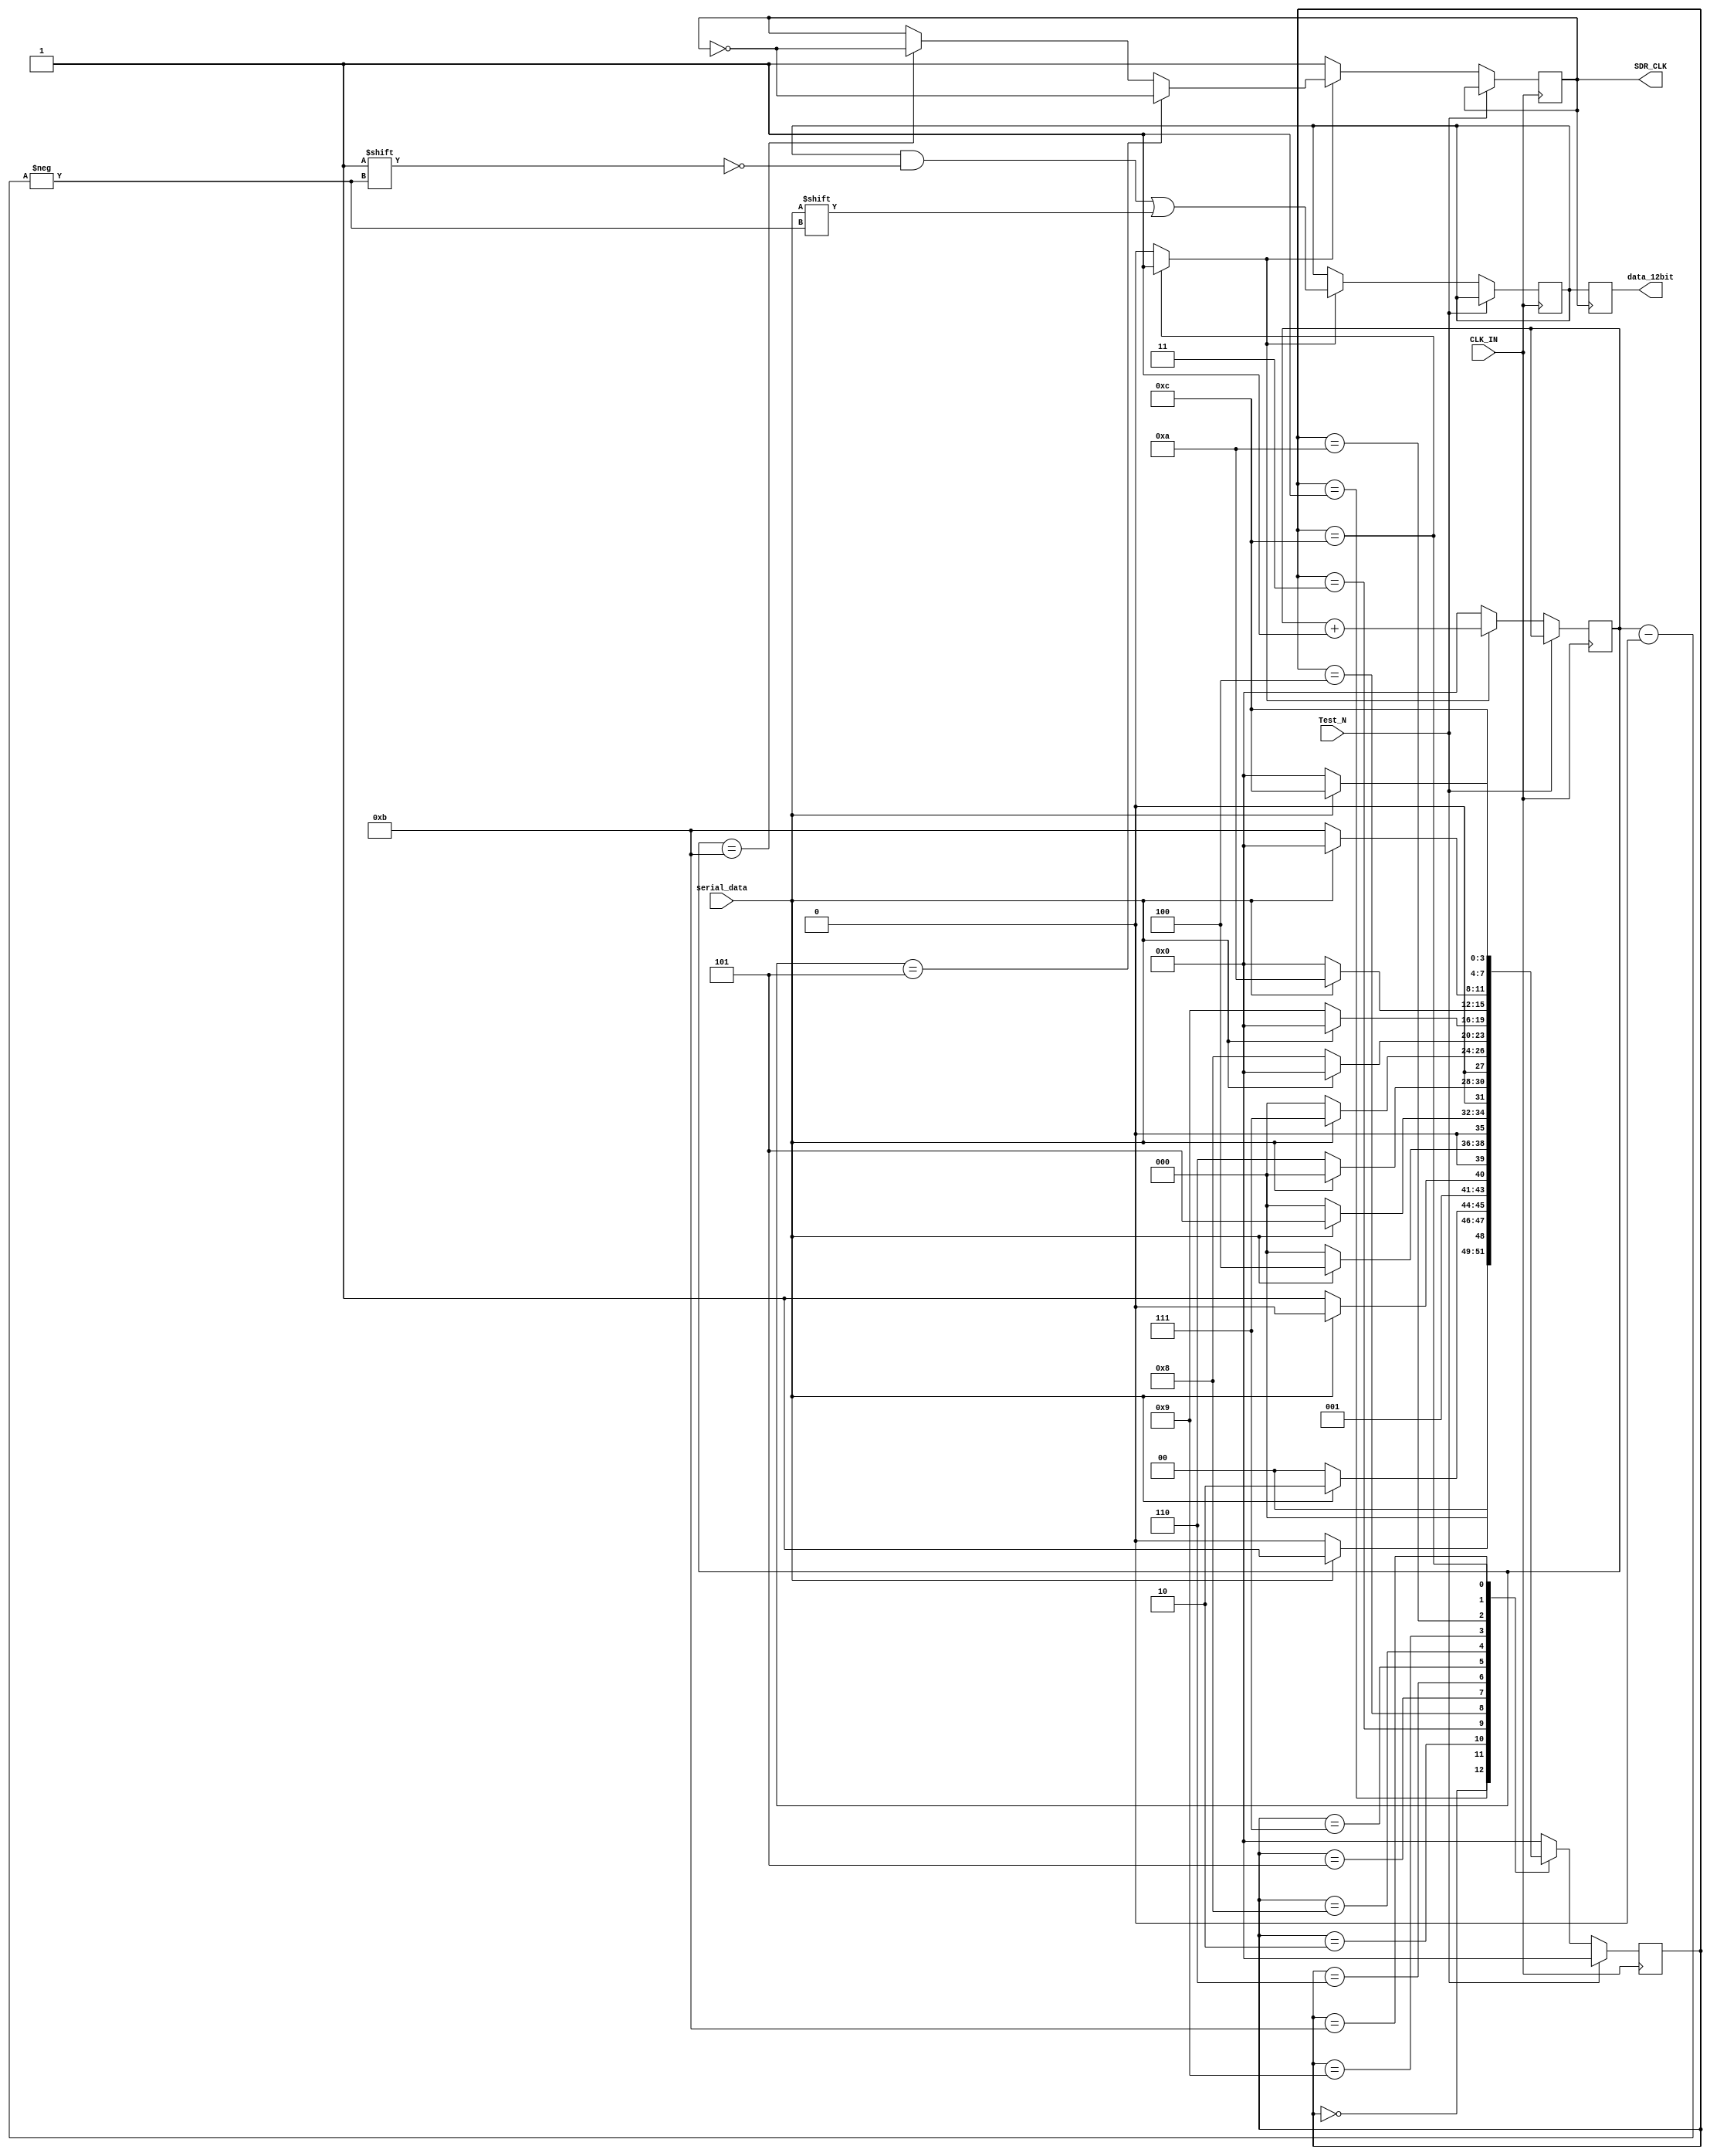
`timescale 1ns / 1ps


module Bit_allignment(data_12bit,SDR_CLK, Test_N, CLK_IN,serial_data);
input serial_data;          // STREAMED SERIAL DATA FROM DATA SERIALIZER
input CLK_IN;
input Test_N;
output [11:0] data_12bit;
output SDR_CLK;


wire bit_alligned_data;   // ALIIGNED DATA WITH THE TRAINING PATTERN AS THE P
wire allign_ack;
reg [3:0] count;
reg clk_cnt;
reg [11:0] data_out_reg;
reg [11:0] buf_12bit;
reg [3:0] state;

parameter TP = 12'hA5B;
parameter idle = 4'h0;
parameter bit1 = 4'h1;
parameter bit2 = 4'h2;
parameter bit3 = 4'h3;
parameter bit4 = 4'h4;
parameter bit5 = 4'h5;
parameter bit6 = 4'h6;
parameter bit7 = 4'h7;
parameter bit8 = 4'h8;
parameter bit9 = 4'h9;
parameter bit10 = 4'hA;
parameter bit11 = 4'hB;
parameter verified = 4'hC;

initial state = idle;

always @(posedge CLK_IN)
if(Test_N)
begin
    state <= idle;
end
else
begin

// COMPARING THE SERIALIZED DATA TO ALLIGN THE 12-BIT SAMPLE START AND END FOR WORD SAMPLING
    case(state)
        idle: state <= (serial_data == TP[0]) ? bit1 : idle;
        bit1: state <= (serial_data == TP[1]) ? bit2 : idle;
        bit2: state <= (serial_data == TP[2]) ? bit3 : bit2; // This state of the sequence detector is modified with respect to training pattern = A5B
        bit3: state <= (serial_data == TP[3]) ? bit4 : idle;
        bit4: state <= (serial_data == TP[4]) ? bit5 : idle;
        bit5: state <= (serial_data == TP[5]) ? bit6 : idle;
        bit6: state <= (serial_data == TP[6]) ? bit7 : idle;
        bit7: state <= (serial_data == TP[7]) ? bit8 : idle;
        bit8: state <= (serial_data == TP[8]) ? bit9 : idle;
        bit9: state <= (serial_data == TP[9]) ? bit10 : idle;
        bit10: state <= (serial_data == TP[10]) ? bit11 : idle;
        bit11: state <= (serial_data == TP[11]) ? verified : idle;
        verified: state <= (serial_data) ? verified : verified;
        
        default: state <= idle;
    endcase 
    
// BASED UPON THE ACKNOWLEDMENT OF THE SERIALIZED DATA BIT ALLIGNMENT PERFORMING 12 BIT WORD SAMPLING    
    if(!allign_ack)
    begin 
        count =0;
        clk_cnt =1;   
    end
    else 
    begin
            
        // STORING THE DATA INTO THE BUFFER TO SAMPLE AS A 12-BIT PACKET
        data_out_reg[count] <= serial_data;
        
        // CONVERTING THE DDR TO SDR WITH 12 BIT DATA SAMPLE
        if(count == 4'hB)
            begin
            count <= 0;
            clk_cnt <= ~ clk_cnt;
          end  
            
          if(count == 4'h5)
          begin
            clk_cnt <= ~ clk_cnt;
          end
            
          count = count + 1; // It's necessary to write count in bloking passion
    end
end



// ALLIGNING THE 12 BIT SAMPLED DATA WITH SDR CLOCK
always @(posedge SDR_CLK)
begin
     buf_12bit <= data_out_reg;
end

assign allign_ack = (state == verified) ? 1 : 0;
//assign bit_alligned_data = (allign_ack) ? serial_data : 1'bx;
assign data_12bit = buf_12bit;
assign SDR_CLK = clk_cnt;

endmodule